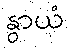
နွာယံ